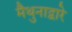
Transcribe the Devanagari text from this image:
मैथुनाद्वारे